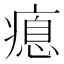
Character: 瘜